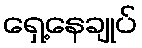
ရှေ့နေချုပ်